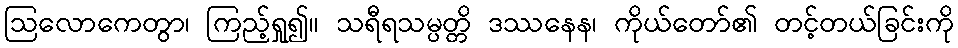
ဩလောကေတွာ၊ ကြည့်ရှု၍။ သရီရသမ္ပတ္တိ ဒဿနေန၊ ကိုယ်တော်၏ တင့်တယ်ခြင်းကို